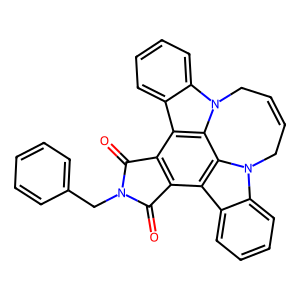
SMILES: O=C1c2c(c3c4ccccc4n4c3c3c2c2ccccc2n3CC=CC4)C(=O)N1Cc1ccccc1
Inhibits HIV replication: No